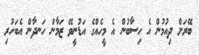
ބޭރަށް ދިއުމުން އެ ހިސާބުން އެ މީހެއްގެ އަޑުނީވޭ ޒަމާން ހަނދާން އެބަހުރި